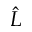
\hat { L }